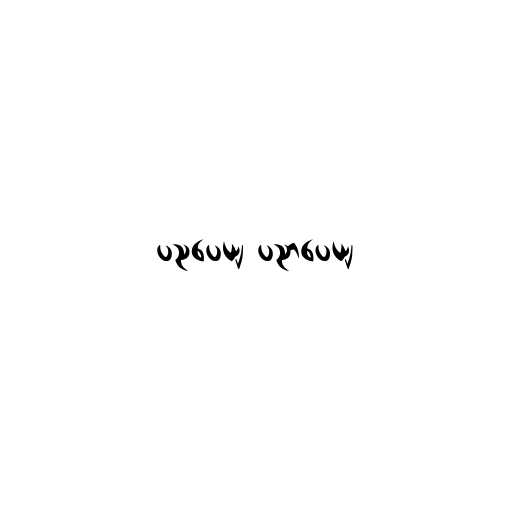
ပညပေယျ ပညာပေယျ